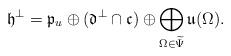
LaTeX: \begin{align*} \mathfrak h^\perp = \mathfrak p_u \oplus (\mathfrak d^\perp \cap \mathfrak c) \oplus \bigoplus\limits_{\Omega \in \widetilde \Psi} \mathfrak u(\Omega).\end{align*}